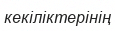
кекіліктерінің